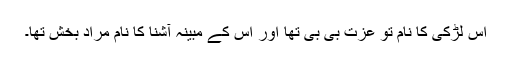
اس لڑکی کا نام تو عزت بی بی تھا اور اس کے مبینہ آشنا کا نام مراد بخش تھا۔